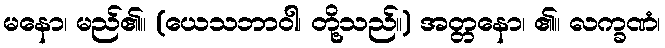
မနော၊ မည်၏။ (ယေသဘာဝါ၊ တို့သည်။) အတ္တနော၊ ၏။ လက္ခဏံ၊